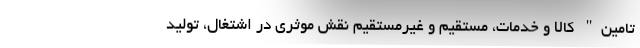
تامین" کالا و خدمات، مستقیم و غیرمستقیم نقش موثری در اشتغال، تولید